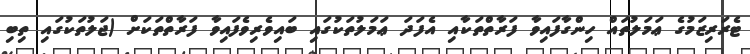
ޓެރަރިޒަމުގެ ޢަމަލުތައް ހިންގާފައިވާ ފަރާތްތަކާއި އެފަދަ ޢަމަލުތަކުގައި ބައިވެރިވެފައިވާ ފަރާތްތަކަށް (ޖަލުތަކުގައި ތިބި